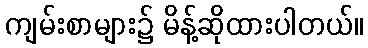
ကျမ်းစာများ၌ မိန့်ဆိုထားပါတယ်။